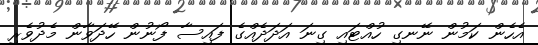
އެހެން ކަމުން ނޭނގި ހުއްޓައި ގިނަ އަދަދެއްގެ ފައިސާ ފޯނުން ހޭދަވާން މެދުވެރި